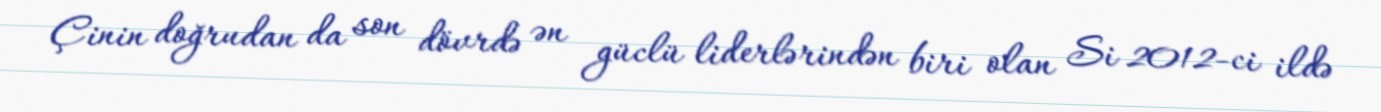
Çinin doğrudan da son dövrdə ən güclü liderlərindən biri olan Si 2012-ci ildə